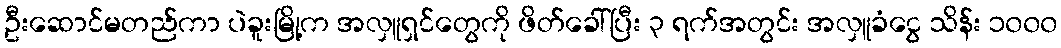
ဦးဆောင်မတည်ကာ ပဲခူးမြို့က အလှူရှင်တွေကို ဖိတ်ခေါ်ပြီး ၃ ရက်အတွင်း အလှူခံငွေ သိန်း ၁၀၀၀